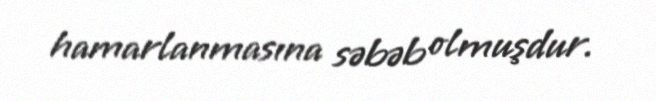
hamarlanmasına səbəb olmuşdur.